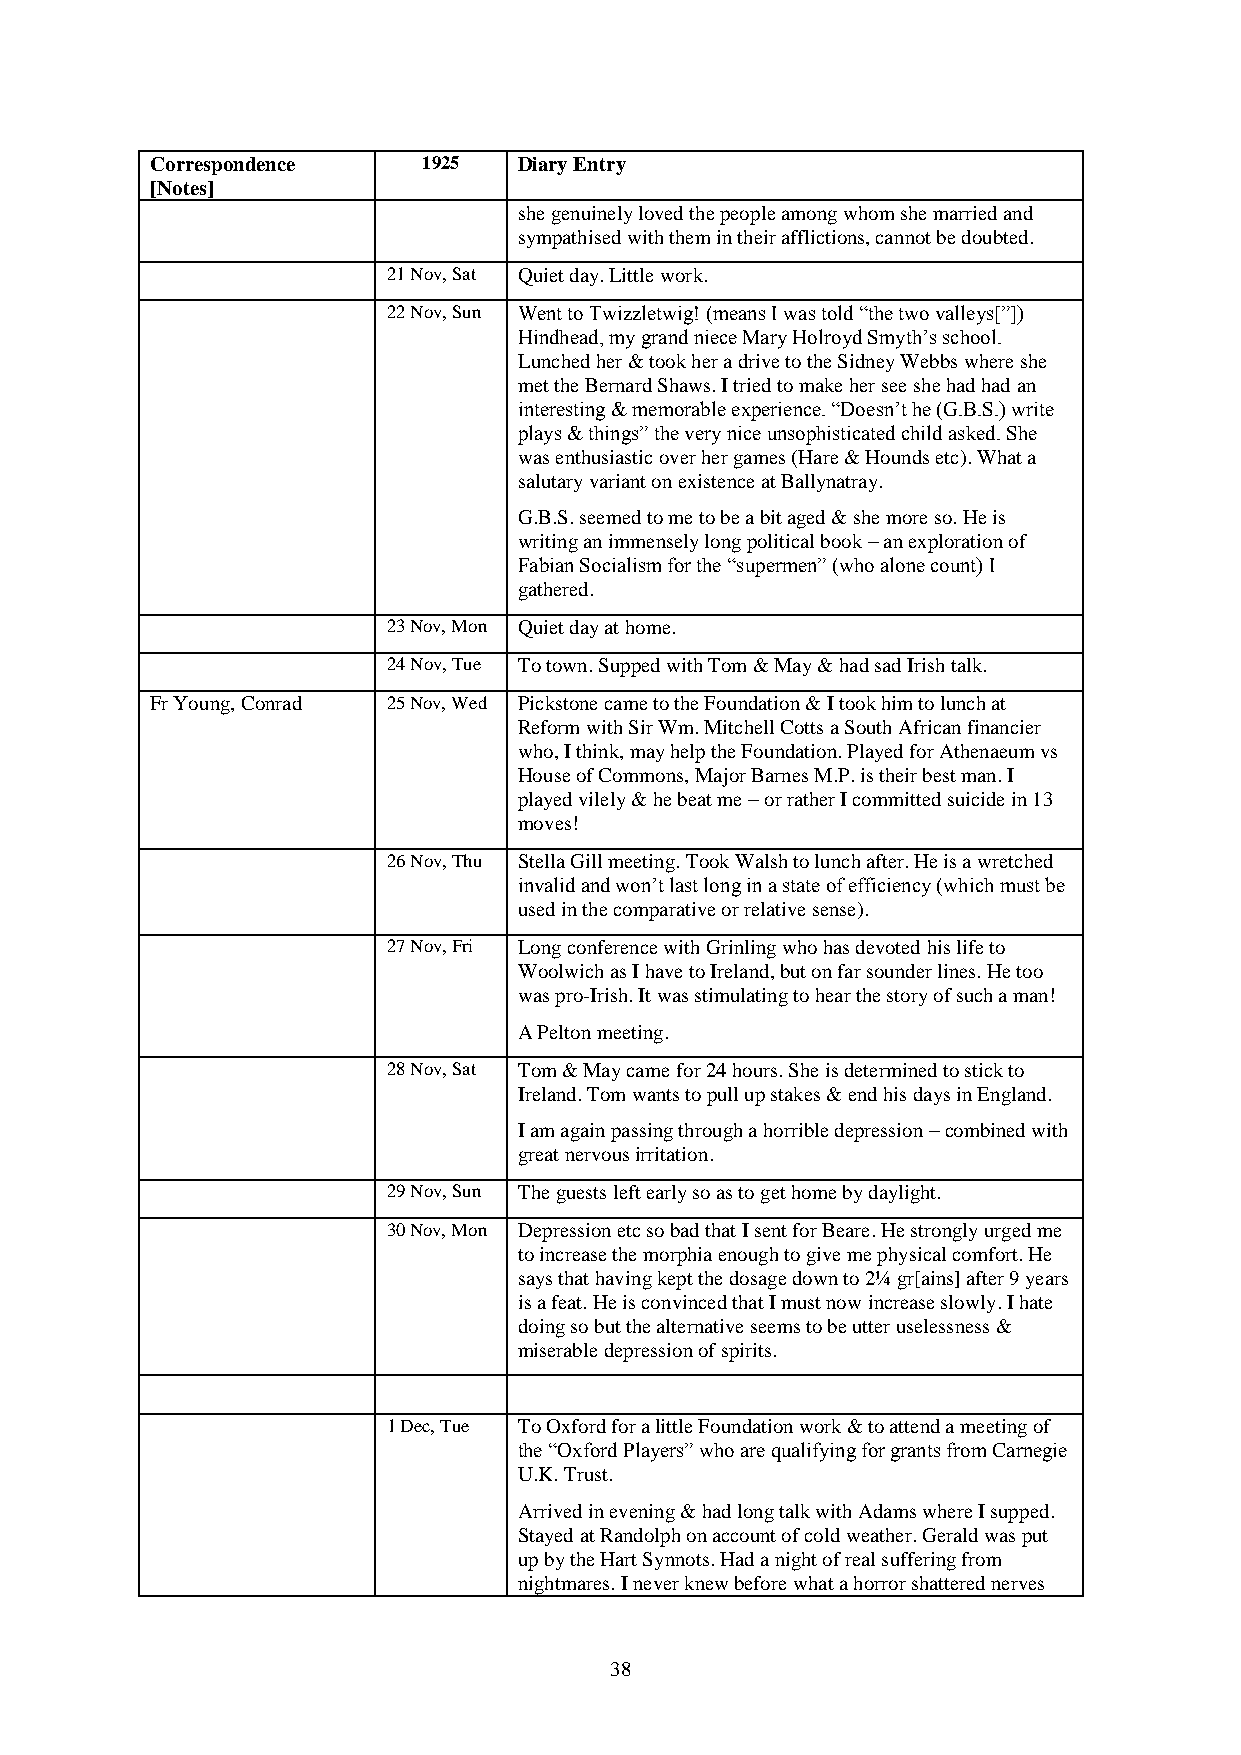
Correspondence    1925  Diary Entry
 [Notes]
 she genuinely loved the people among whom she married and
 sympathised with them in their afflictions, cannot be doubted.
 21 Nov, Sat Quiet day. Little work.
 22 Nov, Sun Went to Twizzletwig! (means I was told “the two valleys[”])
 Hindhead, my grand niece Mary Holroyd Smyth’s school.
 Lunched her & took her a drive to the Sidney Webbs where she
 met the Bernard Shaws. I tried to make her see she had had an
 interesting & memorable experience. “Doesn’t he (G.B.S.) write
 plays & things” the very nice unsophisticated child asked. She
 was enthusiastic over her games (Hare & Hounds etc). What a
 salutary variant on existence at Ballynatray.
 G.B.S. seemed to me to be a bit aged & she more so. He is
 writing an immensely long political book – an exploration of
 Fabian Socialism for the “supermen” (who alone count) I
 gathered.
 23 Nov, Mon Quiet day at home.
 24 Nov, Tue To town. Supped with Tom & May & had sad Irish talk.
 Fr Young, Conrad 25 Nov, Wed Pickstone came to the Foundation & I took him to lunch at
 Reform with Sir Wm. Mitchell Cotts a South African financier
 who, I think, may help the Foundation. Played for Athenaeum vs
 House of Commons, Major Barnes M.P. is their best man. I
 played vilely & he beat me – or rather I committed suicide in 13
 moves!
 26 Nov, Thu Stella Gill meeting. Took Walsh to lunch after. He is a wretched
 invalid and won’t last long in a state of efficiency (which must be
 used in the comparative or relative sense).
 27 Nov, Fri Long conference with Grinling who has devoted his life to
 Woolwich as I have to Ireland, but on far sounder lines. He too
 was pro-Irish. It was stimulating to hear the story of such a man!
 A Pelton meeting.
 28 Nov, Sat Tom & May came for 24 hours. She is determined to stick to
 Ireland. Tom wants to pull up stakes & end his days in England.
 I am again passing through a horrible depression – combined with
 great nervous irritation.
 29 Nov, Sun The guests left early so as to get home by daylight.
 30 Nov, Mon Depression etc so bad that I sent for Beare. He strongly urged me
 to increase the morphia enough to give me physical comfort. He
 says that having kept the dosage down to 2¼ gr[ains] after 9 years
 is a feat. He is convinced that I must now increase slowly. I hate
 doing so but the alternative seems to be utter uselessness &
 miserable depression of spirits.
 1 Dec, Tue To Oxford for a little Foundation work & to attend a meeting of
 the “Oxford Players” who are qualifying for grants from Carnegie
 U.K. Trust.
 Arrived in evening & had long talk with Adams where I supped.
 Stayed at Randolph on account of cold weather. Gerald was put
 up by the Hart Synnots. Had a night of real suffering from
 nightmares. I never knew before what a horror shattered nerves
 38